Civil Veterinary Department. United Provinces 1932-42 - 1932-1942
Year: 1932
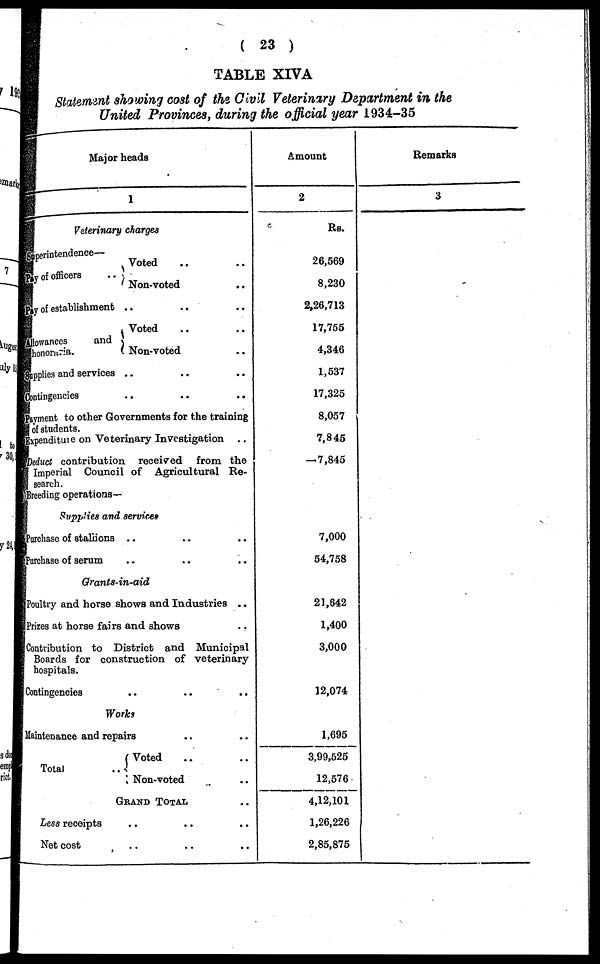
(23)
TABLE XIVA
Statement showing cost of the Civil Veterinary Department in the
United Provinces, during the official year 1934-35
Major heads
1
Veterinary
charges
Iperintendence—
y of officers
..
Voted
Non-voted ..
y of establishment .. .. ..
lowanccs
and
honomria.
Voted .. ..
Non-voted ..
applies and services .. .. ..
contingencies .. .. ..
avment to other Governments for the training
of students.
expenditure on Veterinary Investigation
deduct contribution received from the
Imperial Council of Agricultural Re-
search.
Breeding operations—
Supplies and services
Purchase of staliions .. .. ..
Purchase of serum .. .. ..
Grants-in-aid
Poultry and horse shows and Industries ..
Prizes at horse fairs and shows
Contribution to District and Municipal
Boards for construction of veterinary
hospitals.
Contingencies
Works
Maintenance and repairs
Total
..
Voted .. ..
Non-voted
GRANDTOTAL ..
Less receipts .. .. ..
Net cost
Amount
2
Rs.
26,569
8,230
2,26,713
17,755
4,346
1,537
17,325
8,057
7,845
7,845
7,000
54,758
21,642
1,400
3,000
12,074
1,695
3,99,525
12,576
4,12,101
1,26,226
2,85,875
Remarks
3